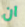
ان